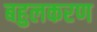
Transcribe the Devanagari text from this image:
बहुलकरण